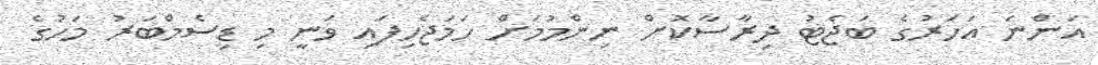
އަންނަ އަހަރުގެ ބަޖެޓު ދިރާސާކޮށް ނިންމުމަށް ހަމަޖެހިފައި ވަނީ މި ޑިސެމްބަރު މަހުގެ